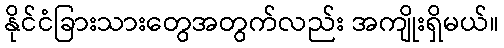
နိုင်ငံခြားသားတွေအတွက်လည်း အကျိုးရှိမယ်။